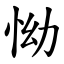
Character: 怮